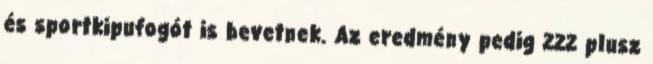
és sportkipufogót is bevetnek. Az eredmény pedig 222 plusz